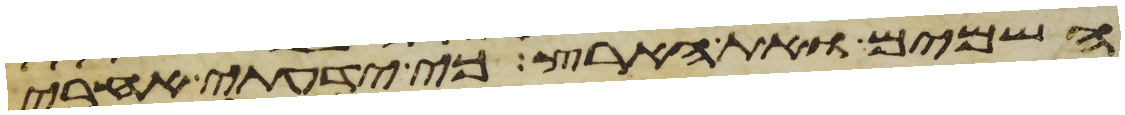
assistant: השמים ואת הארץ כי ידעתי אחרי